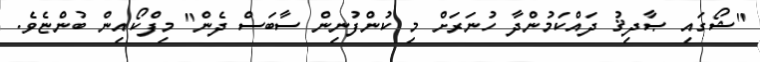
"ޝޯގައި ޞާދިޤު ދައްކަމުންދާ ހުނަރަށް މި ކުންފުނިން ސާބަސް ދެން" މިފްކޯއިން ބުންޏެވެ.